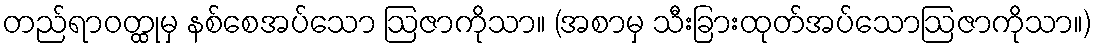
တည်ရာဝတ္ထုမှ နစ်စေအပ်သော ဩဇာကိုသာ။ (အစာမှ သီးခြားထုတ်အပ်သောဩဇာကိုသာ။)